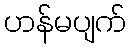
ဟန်မပျက်